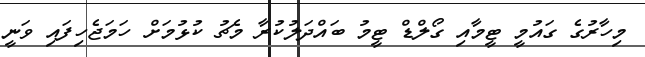
މިހާރުގެ ގައުމީ ޓީމާއި ގޯލްޑް ޓީމު ބައްދަލުކުރާ މެޗު ކުޅުމަށް ހަމަޖެހިފައި ވަނީ